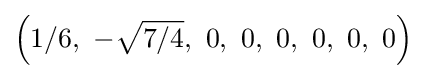
\left(1/6,\ -{\sqrt {7/4}},\ 0,\ 0,\ 0,\ 0,\ 0,\ 0\right)